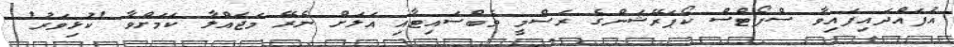
އުފައްދައިފައިވާ ސްޕޯޓްސް ކޯޕަރޭޝަންގެ ރަސްމީ ވެބްސައިޓާއި އަލަށް ނެރޭ މަޖައްލާ ކަމަށްވާ 'ކުޅިވަރު'